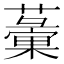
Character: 𧁸